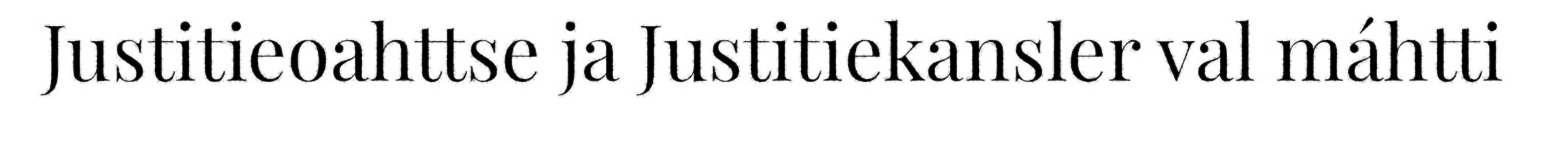
Justitieoahttse ja Justitiekansler val máhtti